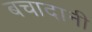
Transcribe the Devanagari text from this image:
बचादानी